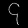
Digit: ၄